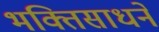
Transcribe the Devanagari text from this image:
भक्तिसाधने